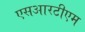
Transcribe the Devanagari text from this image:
एसआरटीएम